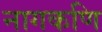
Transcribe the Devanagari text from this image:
नागकणि